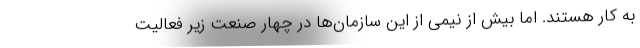
به کار هستند. اما بیش از نیمی از این سازمان‌ها در چهار صنعت زیر فعالیت